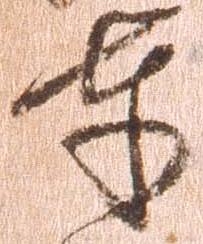
奉